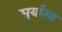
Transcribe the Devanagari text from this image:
सुर्यास्‍त